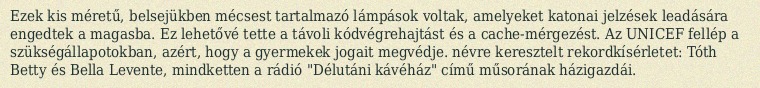
Ezek kis méretű, belsejükben mécsest tartalmazó lámpások voltak, amelyeket katonai jelzések leadására engedtek a magasba. Ez lehetővé tette a távoli kódvégrehajtást és a cache-mérgezést. Az UNICEF fellép a szükségállapotokban, azért, hogy a gyermekek jogait megvédje. névre keresztelt rekordkísérletet: Tóth Betty és Bella Levente, mindketten a rádió "Délutáni kávéház" című műsorának házigazdái.